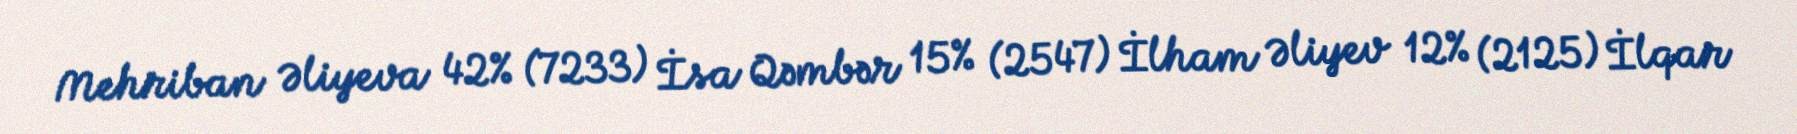
Mehriban Əliyeva 42% (7233) İsa Qəmbər 15% (2547) İlham Əliyev 12% (2125) İlqar